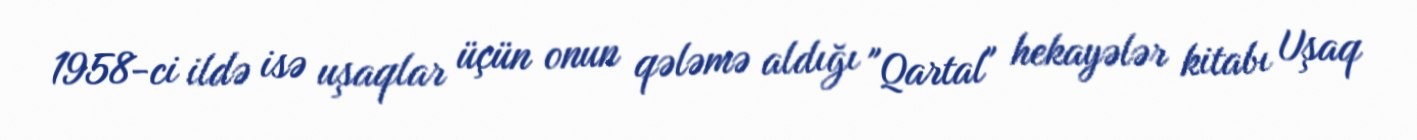
1958-ci ildə isə uşaqlar üçün onun qələmə aldığı "Qartal" hekayələr kitabı Uşaq